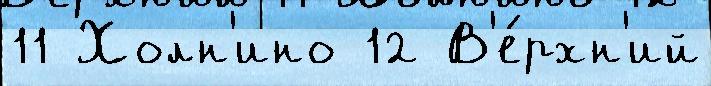
11 Холн'ино 12 В'е́рхн'ий